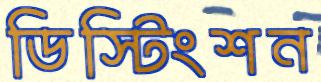
ডিস্টিংশন